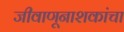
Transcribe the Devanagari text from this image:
जीवाणूनाशकांचा